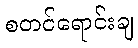
စတင်ရောင်းချ